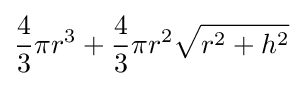
{\frac {4}{3}}\pi r^{3}+{\frac {4}{3}}\pi r^{2}{\sqrt {r^{2}+h^{2}}}